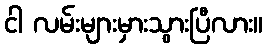
ငါ လမ်းများမှားသွားပြီလား။